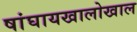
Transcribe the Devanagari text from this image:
षांघायखालोखाल